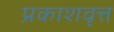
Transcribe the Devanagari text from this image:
प्रकाशवृत्त